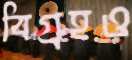
বিগ্রহও